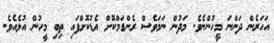
އަހަރެން ދަންނަ މީހުންނެވެ. މަދުން ނަމަވެސް ރެންޑަމްކޮށް އެޑުކޮށްފައި ތިބި މީހުން އުޅެއެވެ.